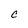
Character: c